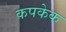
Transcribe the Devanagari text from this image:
कपकेक